Vaccination in the Punjab 1919-1929 - 1919-1929
Year: 1919
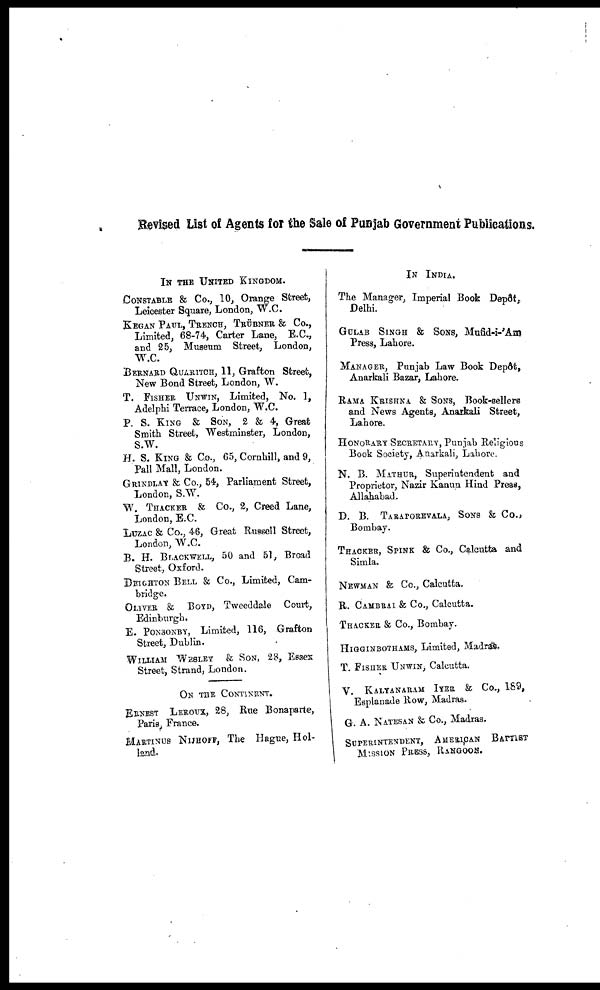
Revised List of Agents for the Sale of Punjab Government Publications.
IN THE UNITED KINGDOM.
CONSTABLE & Co., 10, Orange Street,
Leicester Square, London, W.C.
KEGAN PAUL, TRENCH, TRÜBNER & Co.,
Limited, 68-74, Carter Lane, E.C.,
and 25, Museum Street, London,
W.C.
BERNARD QUARITCH, 11, Grafton Street,
New Bond Street, London, W.
T. FISHER UNWIN, Limited, No. 1,
Adelphi Terrace, London, W.C.
P. S. KING & SON, 2 & 4, Great
Smith Street, Westminster, London,
S.W.
H. S. KING & Co., 65, Cornhill, and 9,
Pall Mall, London.
GRINDLAY & Co., 54, Parliament Street,
London, S.W.
W. THACKER & Co., 2, Creed Lane,
London, E.C.
LUZAC & Co., 46, Great Russell Street,
London, W.C.
B. H. BLACKWELL, 50 and 51, Broad
Street, Oxford.
DEIOHTON BELL & Co., Limited, Cam-
bridge.
OLIVER & BODY, Tweeddale Court,
Edinburgh.
E. PONSONBY, Limited, 116, Grafton
Street, Dublin.
WILLIAM WESLEY & SON, 28, Essex
Street, Strand, London.
ON THE CONTINENT.
ERNEST LEROUX, 28, Rue Bonaparte,
Paris, France.
MARTINUS NIJHOFF, The Hague, Hol-
land.
IN INDIA.
The Manager, Imperial Book Depôt,
Delhi.
GULAB SINGH & SONS, Mufid-i-'Am
Press, Lahore.
MANAGER, Punjab Law Book Depôt,
Anarkali Bazar, Lahore.
RAMA KRISHNA & SONS, Book-sellers
and News Agents, Anarkali Street,
Lahore.
HONORARY SECRETARY, Punjab Religious
Book Society, Anarkali, Lahore.
N. B. MATHUR, Superintendent and
Proprietor, Nazir Kanun Hind Press,
Allahabad.
D. B. TARAPOREVALA, SONS & Co.,
Bombay.
THACKER, SPINK & Co., Calcutta and
Simla.
NEWMAN & Co., Calcutta.
R. CAMBRAI & Co., Calcutta.
TRACKER & Co., Bombay.
HIGGINBOTHAMS, Limited, Madras.
T. FISHER UNWIN, Calcutta.
V. KALTANARAM IYER & Co., 189,
Esplanade Row, Madras.
G. A. NATESAN & Co., Madras.
SUPERINTENDENT, AMERICAN BATTIST
MISSION PRESS, RANGOON.